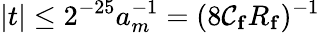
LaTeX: |t|\leq2^{-25}a_{m}^{-1}=(8\mathcal{C}_{\mathbf{{f}}}R_{\mathbf{{f}}})^{-1}